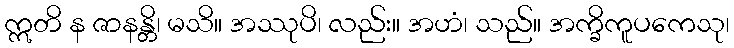
ဣတိ န ဇာနန္တိ၊ မသိ။ အဿုပိ၊ လည်း။ အဟံ၊ သည်။ အက္ခိကူပကေသု၊